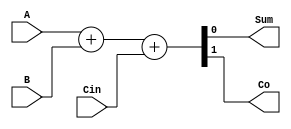
`timescale 1ns / 1ps
//////////////////////////////////////////////////////////////////////////////////
// Company: 
// Engineer: 
// 
// Design Name: 
// Module Name:    FA 
// Project Name: 
// Target Devices: 
// Tool versions: 
// Description: 
//
// Dependencies: 
//
// Revision: 
// Revision 0.01 - File Created
// Additional Comments: 
//
//////////////////////////////////////////////////////////////////////////////////
module FA(input A,B,Cin,
          output reg Sum,Co
    );

    always @ (*) begin
        {Co,Sum}=A+B+Cin;
    end

endmodule